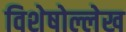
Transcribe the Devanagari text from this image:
विशेषोल्लेख